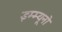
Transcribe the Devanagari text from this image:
इम्म्यूनो